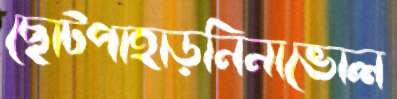
ছোটপাহাড়নিনাভোল